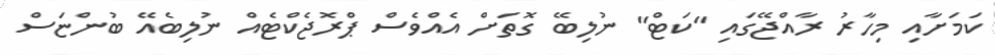
ކަމަށާއި މިހާރު ރާއްޖޭގައި "ކަޓް" ނުލިބޭ ގޮތަށް އެއްވެސް ޕްރޮޖެކްޓެއް ނުލިބެއޭ ބުންޏަސް